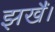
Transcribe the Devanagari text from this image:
झखैं।